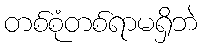
တစ်စုံတစ်ရာမရှိဘဲ